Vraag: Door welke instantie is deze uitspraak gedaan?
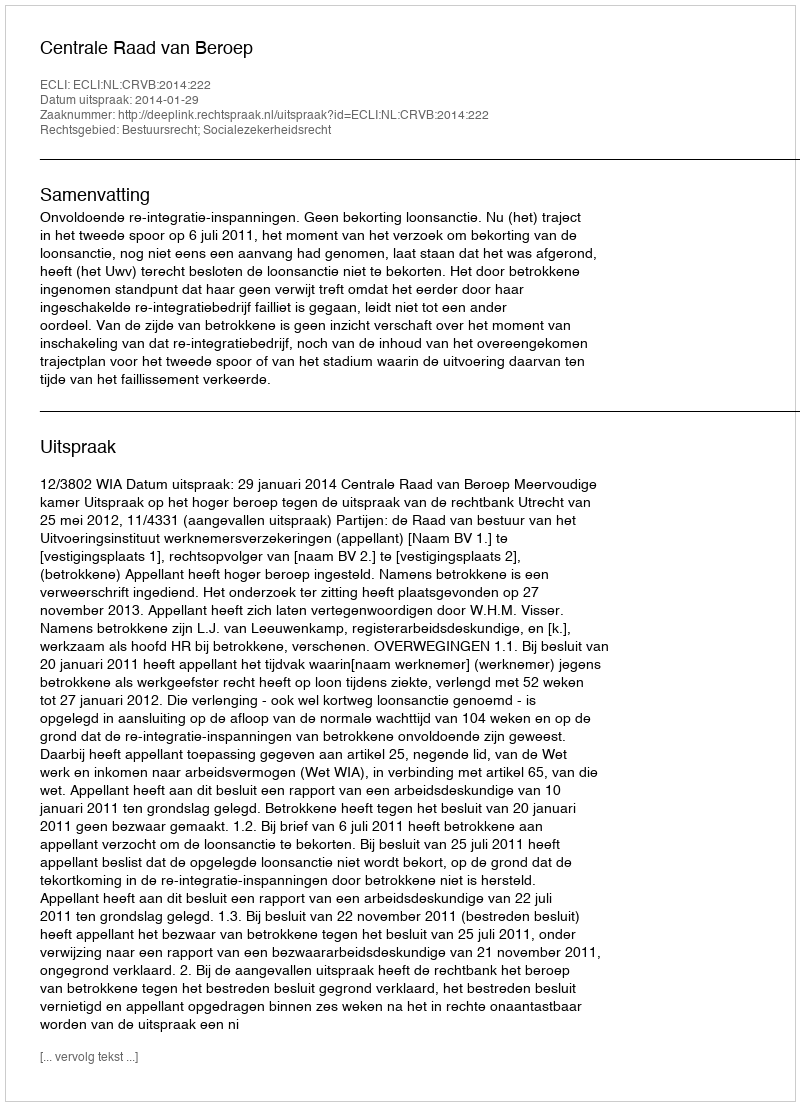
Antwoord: Centrale Raad van Beroep